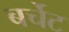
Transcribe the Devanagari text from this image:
बर्चेट